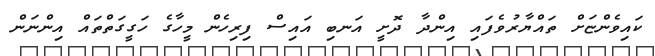
ކައިވެންޏަށް ތައްޔާރުވެފައި އިންދާ ދޮށީ އަނބި އައިސް ފިރިހެން މީހާގެ ހަގީގަތްތައް އިންނަން